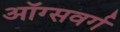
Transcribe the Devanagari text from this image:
ऑग्सवर्ग